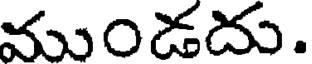
ముండదు.